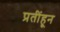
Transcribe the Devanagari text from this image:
प्रतींहून